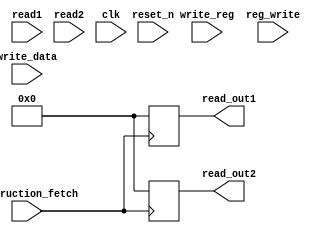
module register_file( read_out1, read_out2, read1, read2, write_reg, write_data, reg_write, clk, reset_n, instruction_fetch); 
    output reg [15:0] read_out1;
    output reg [15:0] read_out2;
    input [1:0] read1;
    input [1:0] read2;
    input [1:0] write_reg;
    input [15:0] write_data;
    input reg_write;
    input clk;
	input reset_n;
	input instruction_fetch;

    reg [15:0] x0;
    reg [15:0] x1;
   	reg [15:0] x2;
    reg [15:0] x3;

    initial begin
    	x0 = 0;
     	x1 = 0;
    	x2 = 0;
    	x3 = 0;
    end

	always @(*) begin
		if(!reset_n) begin
			x0 = 0;
        	x1 = 0;
        	x2 = 0;
        	x3 = 0;
		end
	end

    	always @(negedge instruction_fetch) begin     
        	case(read1)
            		2'b11: begin
                		read_out1 <= x3;
            		end
            		2'b10: begin
                		read_out1 <= x2;                   
            		end
            		2'b01: begin
                		read_out1 <= x1;                  
            		end
            		default : begin
                		read_out1 <= x0;                  
            		end
        	endcase
        	case(read2)
            		2'b11: begin
                		read_out2 <= x3;
            		end
            		2'b10: begin
               			read_out2 <= x2;                   
            		end
            		2'b01: begin
                		read_out2 <= x1;                  
            		end
            		default : begin
                		read_out2 <= x0;                  
            		end
        	endcase 
    end

    always @(posedge clk) begin
            if(reg_write) begin
                case(write_reg)
                    2'b11: begin
                        x3 <= write_data;
                    end
                    2'b10: begin
                        x2 <= write_data;                   
                    end
                    2'b01: begin
                        x1 <= write_data;                  
                    end
                    default : begin
                        x0 <= write_data;                  
                    end
                endcase 
            end
    end


endmodule